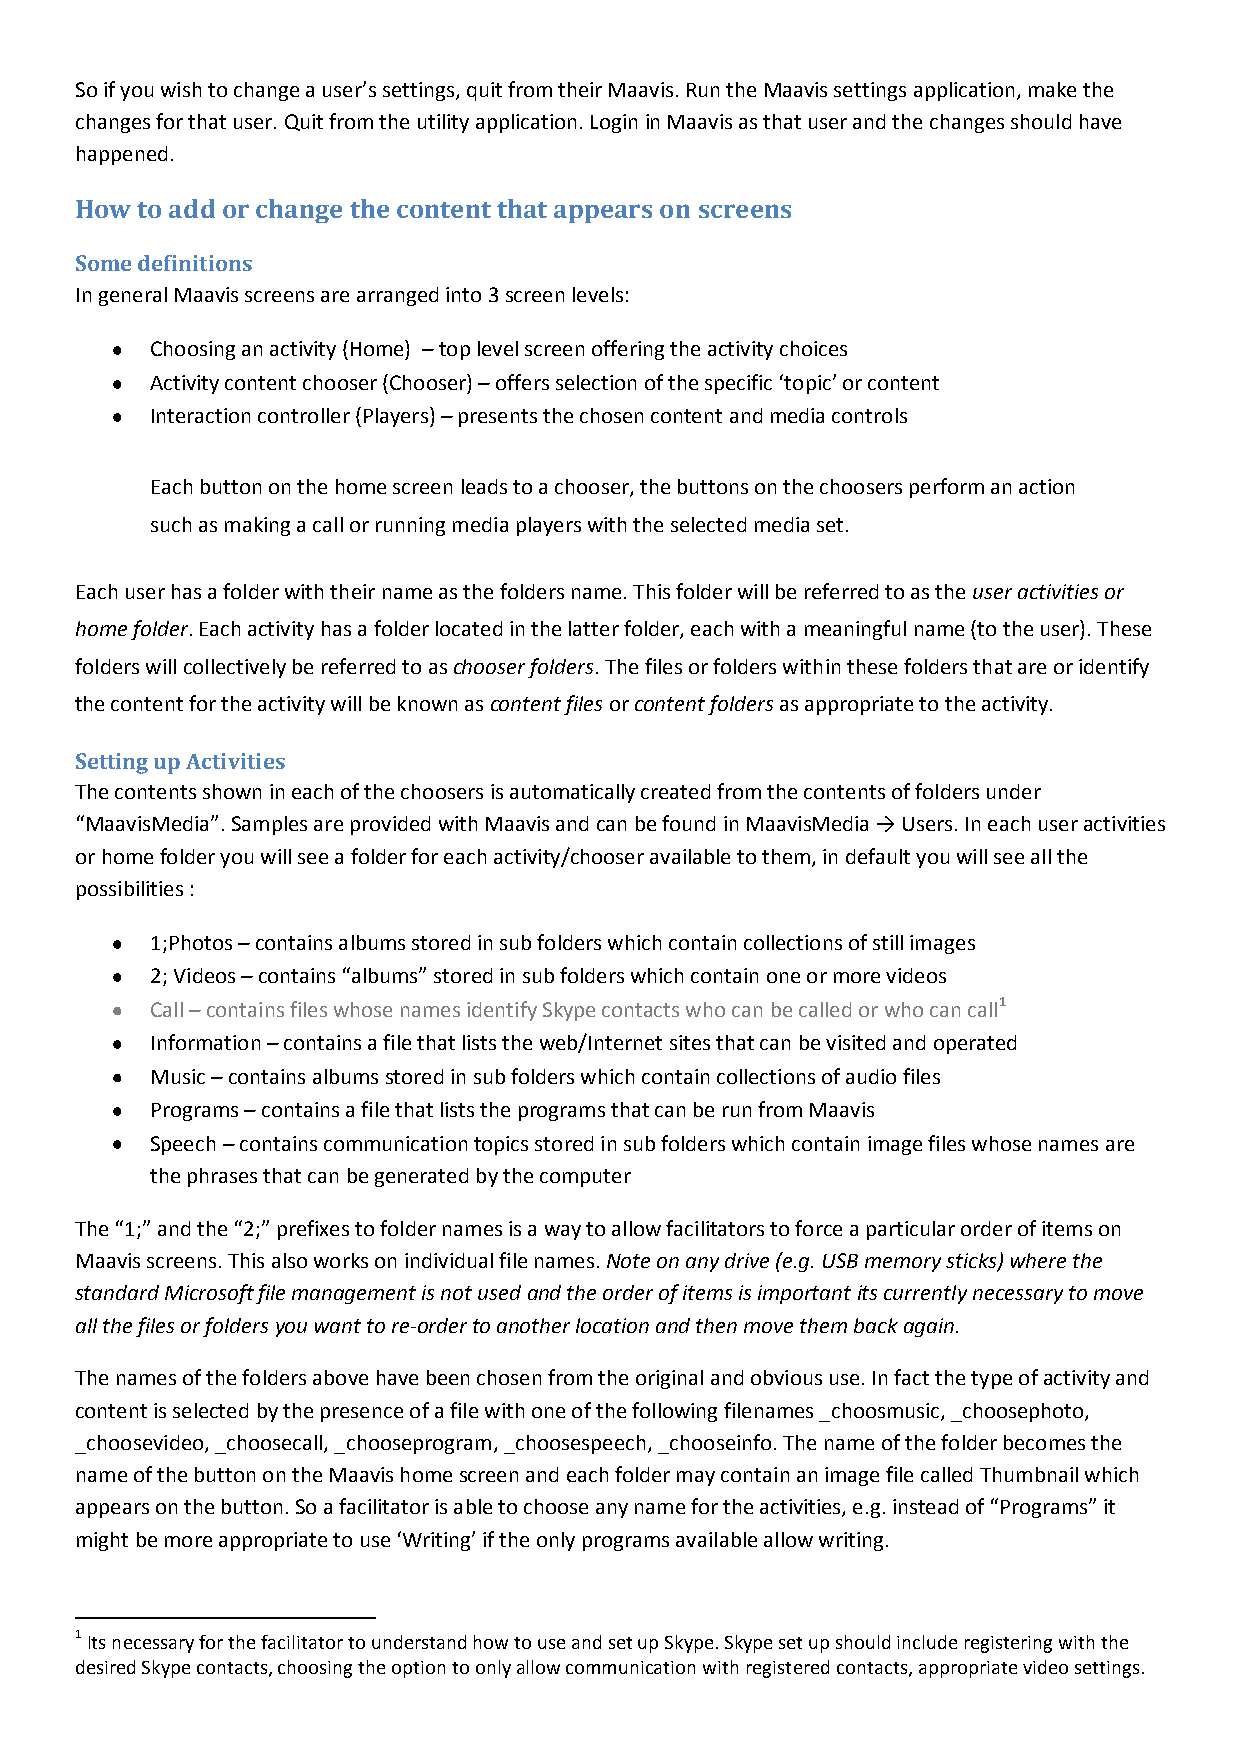
So if you wish to change a user’s settings, quit from their Maavis. Run the Maavis settings application, make the
 changes for that user. Quit from the utility application. Login in Maavis as that user and the changes should have
 happened.
 How to add or change the content that appears on screens
 Some definitions
 In general Maavis screens are arranged into 3 screen levels:
 Choosing an activity (Home) – top level screen offering the activity choices
 Activity content chooser (Chooser) – offers selection of the specific ‘topic’ or content
 Interaction controller (Players) – presents the chosen content and media controls
 Each button on the home screen leads to a chooser, the buttons on the choosers perform an action
 such as making a call or running media players with the selected media set.
 Each user has a folder with their name as the folders name. This folder will be referred to as the user activities or
 home folder. Each activity has a folder located in the latter folder, each with a meaningful name (to the user). These
 folders will collectively be referred to as chooser folders. The files or folders within these folders that are or identify
 the content for the activity will be known as content files or content folders as appropriate to the activity.
 Setting up Activities
 The contents shown in each of the choosers is automatically created from the contents of folders under
 “MaavisMedia”. Samples are provided with Maavis and can be found in MaavisMedia → Users. In each user activities
 or home folder you will see a folder for each activity/chooser available to them, in default you will see all the
 possibilities :
 1;Photos – contains albums stored in sub folders which contain collections of still images
 2; Videos – contains “albums” stored in sub folders which contain one or more videos
 Call – contains files whose names identify Skype contacts who can be called or who can call1
 Information – contains a file that lists the web/Internet sites that can be visited and operated
 Music – contains albums stored in sub folders which contain collections of audio files
 Programs – contains a file that lists the programs that can be run from Maavis
 Speech – contains communication topics stored in sub folders which contain image files whose names are
 the phrases that can be generated by the computer
 The “1;” and the “2;” prefixes to folder names is a way to allow facilitators to force a particular order of items on
 Maavis screens. This also works on individual file names. Note on any drive (e.g. USB memory sticks) where the
 standard Microsoft file management is not used and the order of items is important its currently necessary to move
 all the files or folders you want to re-order to another location and then move them back again.
 The names of the folders above have been chosen from the original and obvious use. In fact the type of activity and
 content is selected by the presence of a file with one of the following filenames _choosmusic, _choosephoto,
 _choosevideo, _choosecall, _chooseprogram, _choosespeech, _chooseinfo. The name of the folder becomes the
 name of the button on the Maavis home screen and each folder may contain an image file called Thumbnail which
 appears on the button. So a facilitator is able to choose any name for the activities, e.g. instead of “Programs” it
 might be more appropriate to use ‘Writing’ if the only programs available allow writing.
 1 Its necessary for the facilitator to understand how to use and set up Skype. Skype set up should include registering with the
 desired Skype contacts, choosing the option to only allow communication with registered contacts, appropriate video settings.